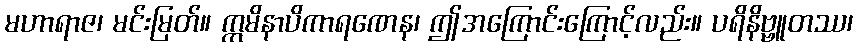
မဟာရာဇ၊ မင်းမြတ်။ ဣမိနာပိကာရဏေန၊ ဤအကြောင်းကြောင့်လည်း။ ပရိနိဗ္ဗူတဿ၊